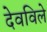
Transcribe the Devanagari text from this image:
देवविले